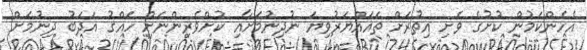
އެހެންކަމުން ކުށުގެ ވެށި އިތުރަށް ތަޣައްޔަރުވިޔަ ނުދިނުމަށާއި ކުށްވެރިންނަށް ހައްގު އަދަބު ދިނުމަށް